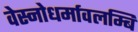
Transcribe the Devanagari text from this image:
वेस्नोधर्मावलम्बि